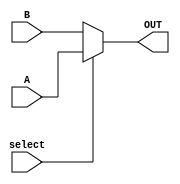

module mux2x1_bh(A,B,select,OUT);
   input A,B,select;
   output OUT;
   reg    OUT;
   always @ (select or A or B)
      if(select == 1)
        OUT = A;
      else 
        OUT = B;
endmodule